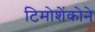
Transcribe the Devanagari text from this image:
टिमोशेंकोने